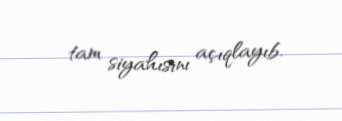
tam siyahısını açıqlayıb.